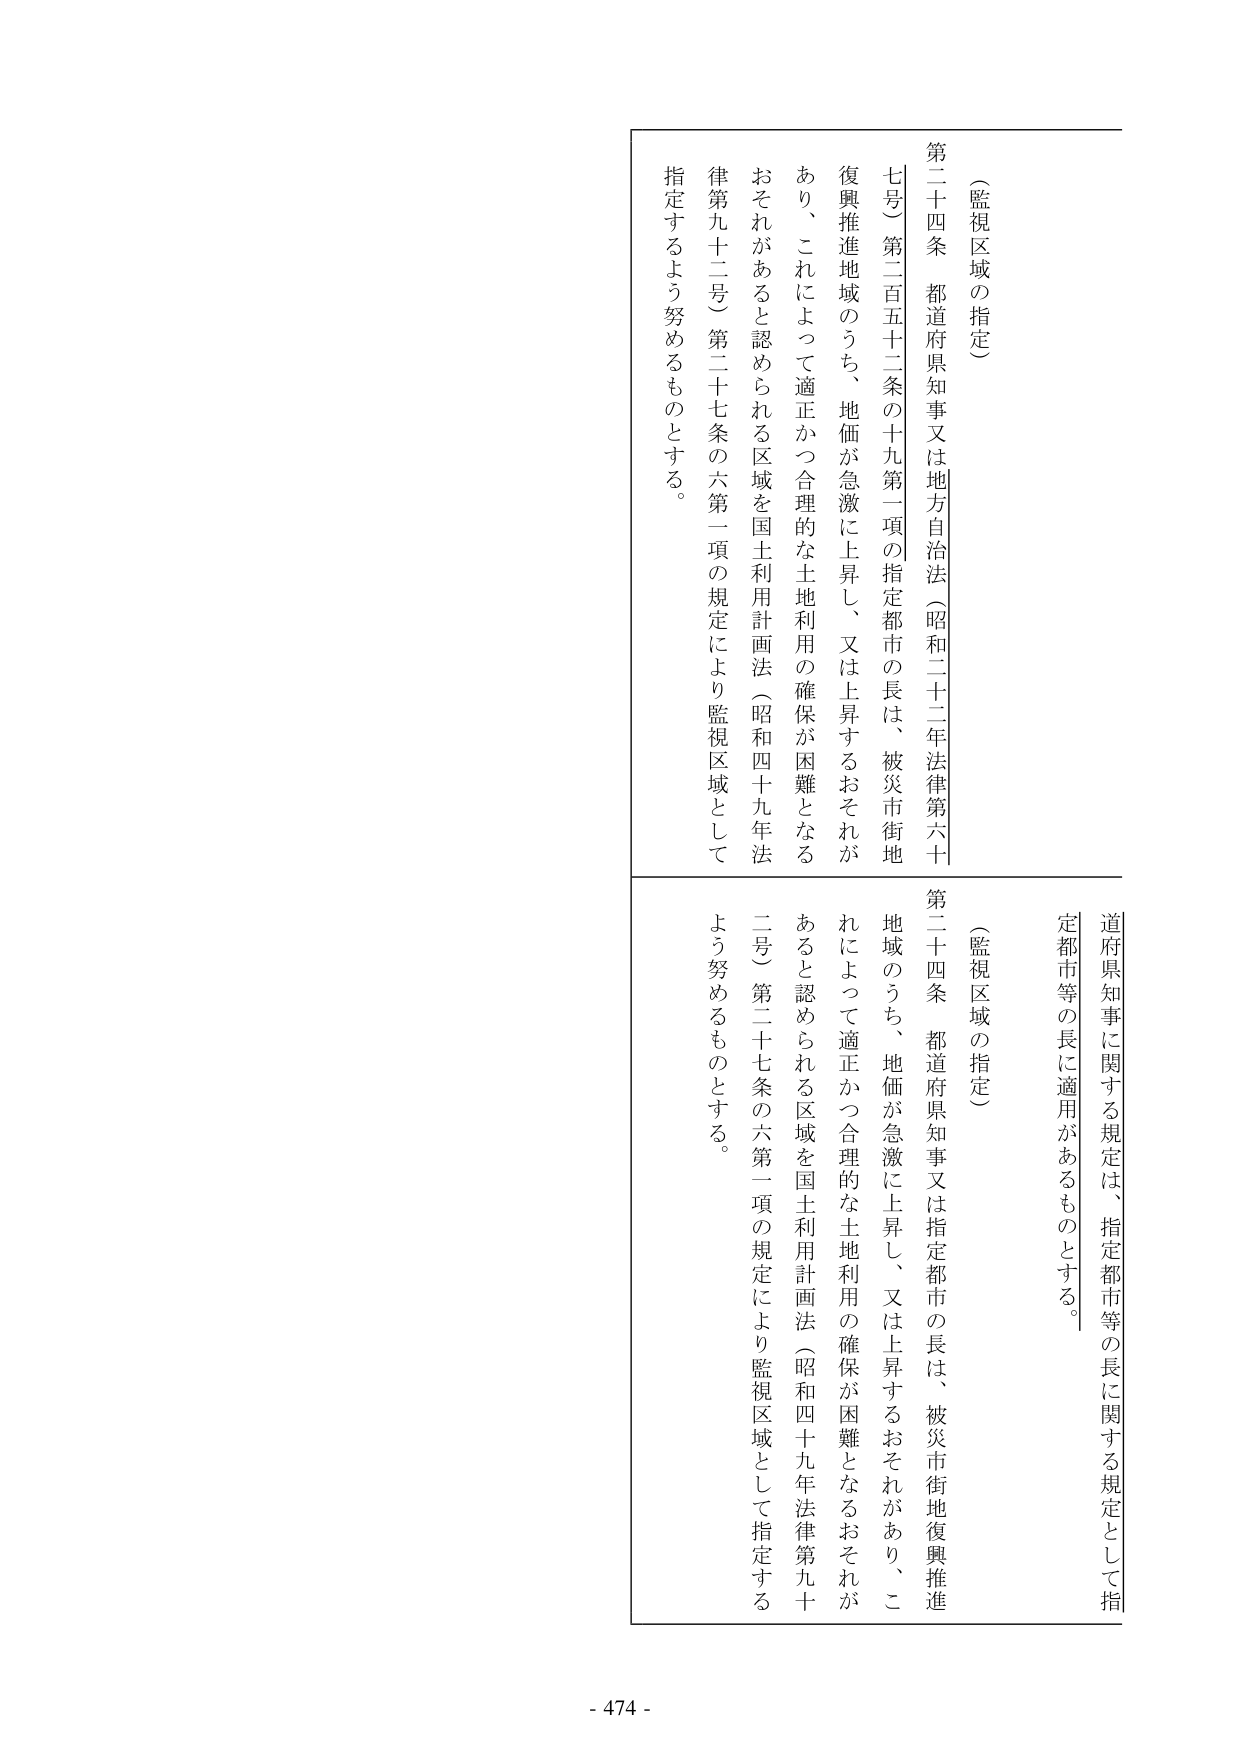
（監視区域の指定）

第二十四条 都道府県知事又は地方自治法（昭和二十二年法律第六十七号）第二百五十二条の十九第一項の指定都市の長は、被災市街地復興推進地域のうち、地価が急激に上昇し、又は上昇するおそれがあり、これによって適正かつ合理的な土地利用の確保が困難となるおそれがあると認められる区域を国土利用計画法（昭和四十九年法律第九十二号）第二十七条の六第一項の規定により監視区域として指定するよう努めるものとする。

道府県知事に関する規定は、指定都市等の長に関する規定として指定都市等の長に適用があるものとする。

（監視区域の指定）

第二十四条 都道府県知事又は指定都市の長は、被災市街地復興推進地域のうち、地価が急激に上昇し、又は上昇するおそれがあり、これによって適正かつ合理的な土地利用の確保が困難となるおそれがあると認められる区域を国土利用計画法（昭和四十九年法律第九十二号）第二十七条の六第一項の規定により監視区域として指定するよう努めるものとする。

- 474 -